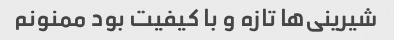
شیرینی‌ها تازه و با کیفیت بود ممنونم